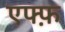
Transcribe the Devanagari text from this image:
एफ्फ़